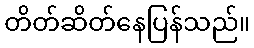
တိတ်ဆိတ်နေပြန်သည်။